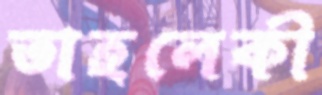
তাহলেকী